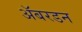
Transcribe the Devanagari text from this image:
ॲबरडन